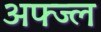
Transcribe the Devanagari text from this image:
अफ्ज्ल